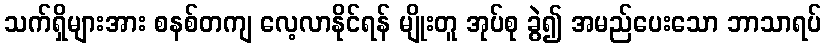
သက်ရှိများအား စနစ်တကျ လေ့လာနိုင်ရန် မျိုးတူ အုပ်စု ခွဲ၍ အမည်ပေးသော ဘာသာရပ်